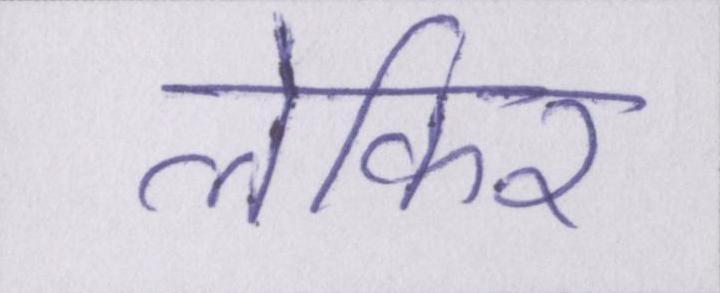
लेकिर